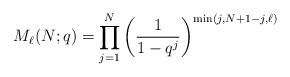
LaTeX: \begin{gather*}M_{\ell}(N;q)= \prod_{j=1}^{N} \left(\frac{1}{1- q^{j}} \right)^{\min(j,N+1-j,\ell)}\end{gather*}